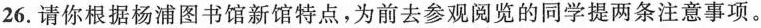
26.请你根据杨浦图书馆新馆特点，为前去参观阅览的同学提两条注意事项。